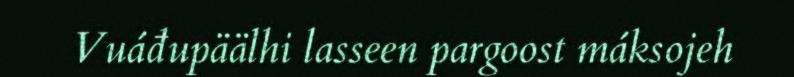
Vuáđupäälhi lasseen pargoost máksojeh